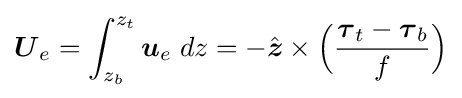
{\boldsymbol {U}}_{e}=\int _{z_{b}}^{z_{t}}{\boldsymbol {u}}_{e}\;dz=-{\hat {\boldsymbol {z}}}\times {\Big (}{\frac {{\boldsymbol {\tau }}_{t}-{\boldsymbol {\tau }}_{b}}{f}}{\Big )}